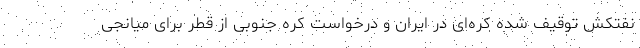
نفتکش توقیف شده کره‌ای در ایران و درخواست کره جنوبی از قطر برای میانجی